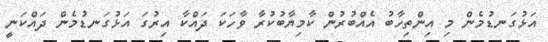
އަޅުގަނޑުމެން މި އިންތިހާބު އެއްބުރުން ކާމިޔާބުކުރާ ވާހަކަ ދައްކާ އިރުގަ އަޅުގަނޑުމެން ދައްކަނީ